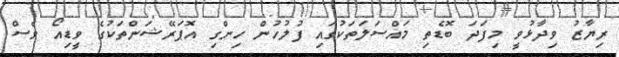
ރިޔާޒު ވިދާޅުވީ މިފަދަ ބޮޑެތި މައްސަލަތަކުގައި ފުލުހުން ހިންގި އޮޕަރޭޝަންތަކުގެ ވީޑިއޯ ވެސް